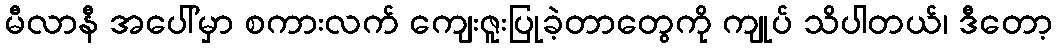
မီလာနီ အပေါ်မှာ စကားလက် ကျေးဇူးပြုခဲ့တာတွေကို ကျုပ် သိပါတယ်၊ ဒီတော့